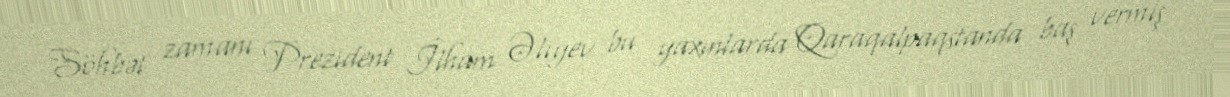
Söhbət zamanı Prezident İlham Əliyev bu yaxınlarda Qaraqalpaqstanda baş vermiş